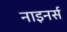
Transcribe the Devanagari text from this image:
नाइनर्स